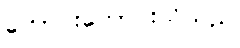
ကောင်းကောင်းသိသည်